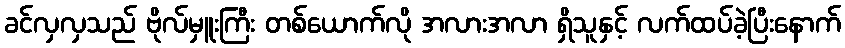
ခင်လှလှသည် ဗိုလ်မှူးကြီး တစ်ယောက်လို အလားအလာ ရှိသူနှင့် လက်ထပ်ခဲ့ပြီးနောက်